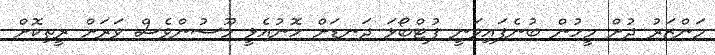
މަންޒަރު ދުށް މީހުން ބުނެފައިވަނީ ފުޓްބޯޅަ ދަނޑަށް ހޮނުއެޅީ މޫސުންވެސް ވަރަށް ރީތިކޮށް